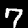
Label: 7